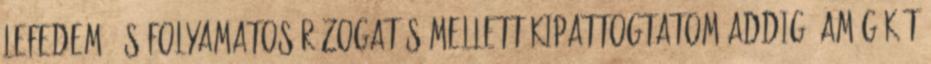
lefedem, és folyamatos rázogatás mellett kipattogtatom addig, amíg két